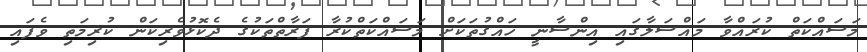
މަސައްކަތް ކުރައްވާ މައްސަލާގައި އިންސާނީ ހައްގުތަކަށް މަސައްކަތްކުރާ ފަރާތްތަކުގެ ދެކޮޅުވެރިކަން ކުރިމަތި ވެފައި